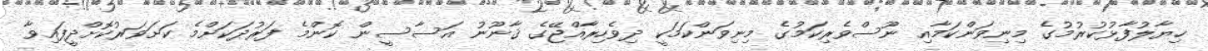
ޚިޔާލުފާޅުކުރުމުގެ މިނިވަންކަމާއި ނޫސްވެރިކަމުގެ މިނިވަންކަމަކީ ދިވެހިރާއްޖޭގެ ޤާނޫނު އަސާސީން ކޮންމެ ފަރުދަކަށްމެ ކަށަވަރުކޮށްދީފައިވާ